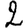
Digit: 2